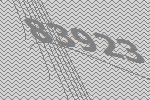
83923